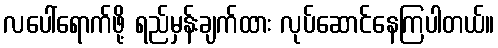
လပေါ်ရောက်ဖို့ ရည်မှန်းချက်ထား လုပ်ဆောင်နေကြပါတယ်။